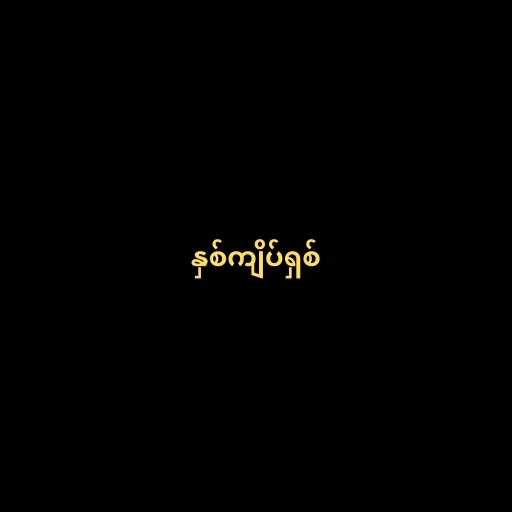
နှစ်ကျိပ်ရှစ်